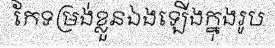
កែទម្រង់ខ្លួនឯងឡើងក្នុងរូប